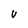
Character: V